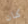
كان